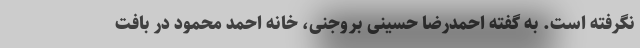
نگرفته است. به گفته احمدرضا حسینی بروجنی، خانه احمد محمود در بافت